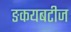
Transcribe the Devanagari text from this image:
ङकयबटीज